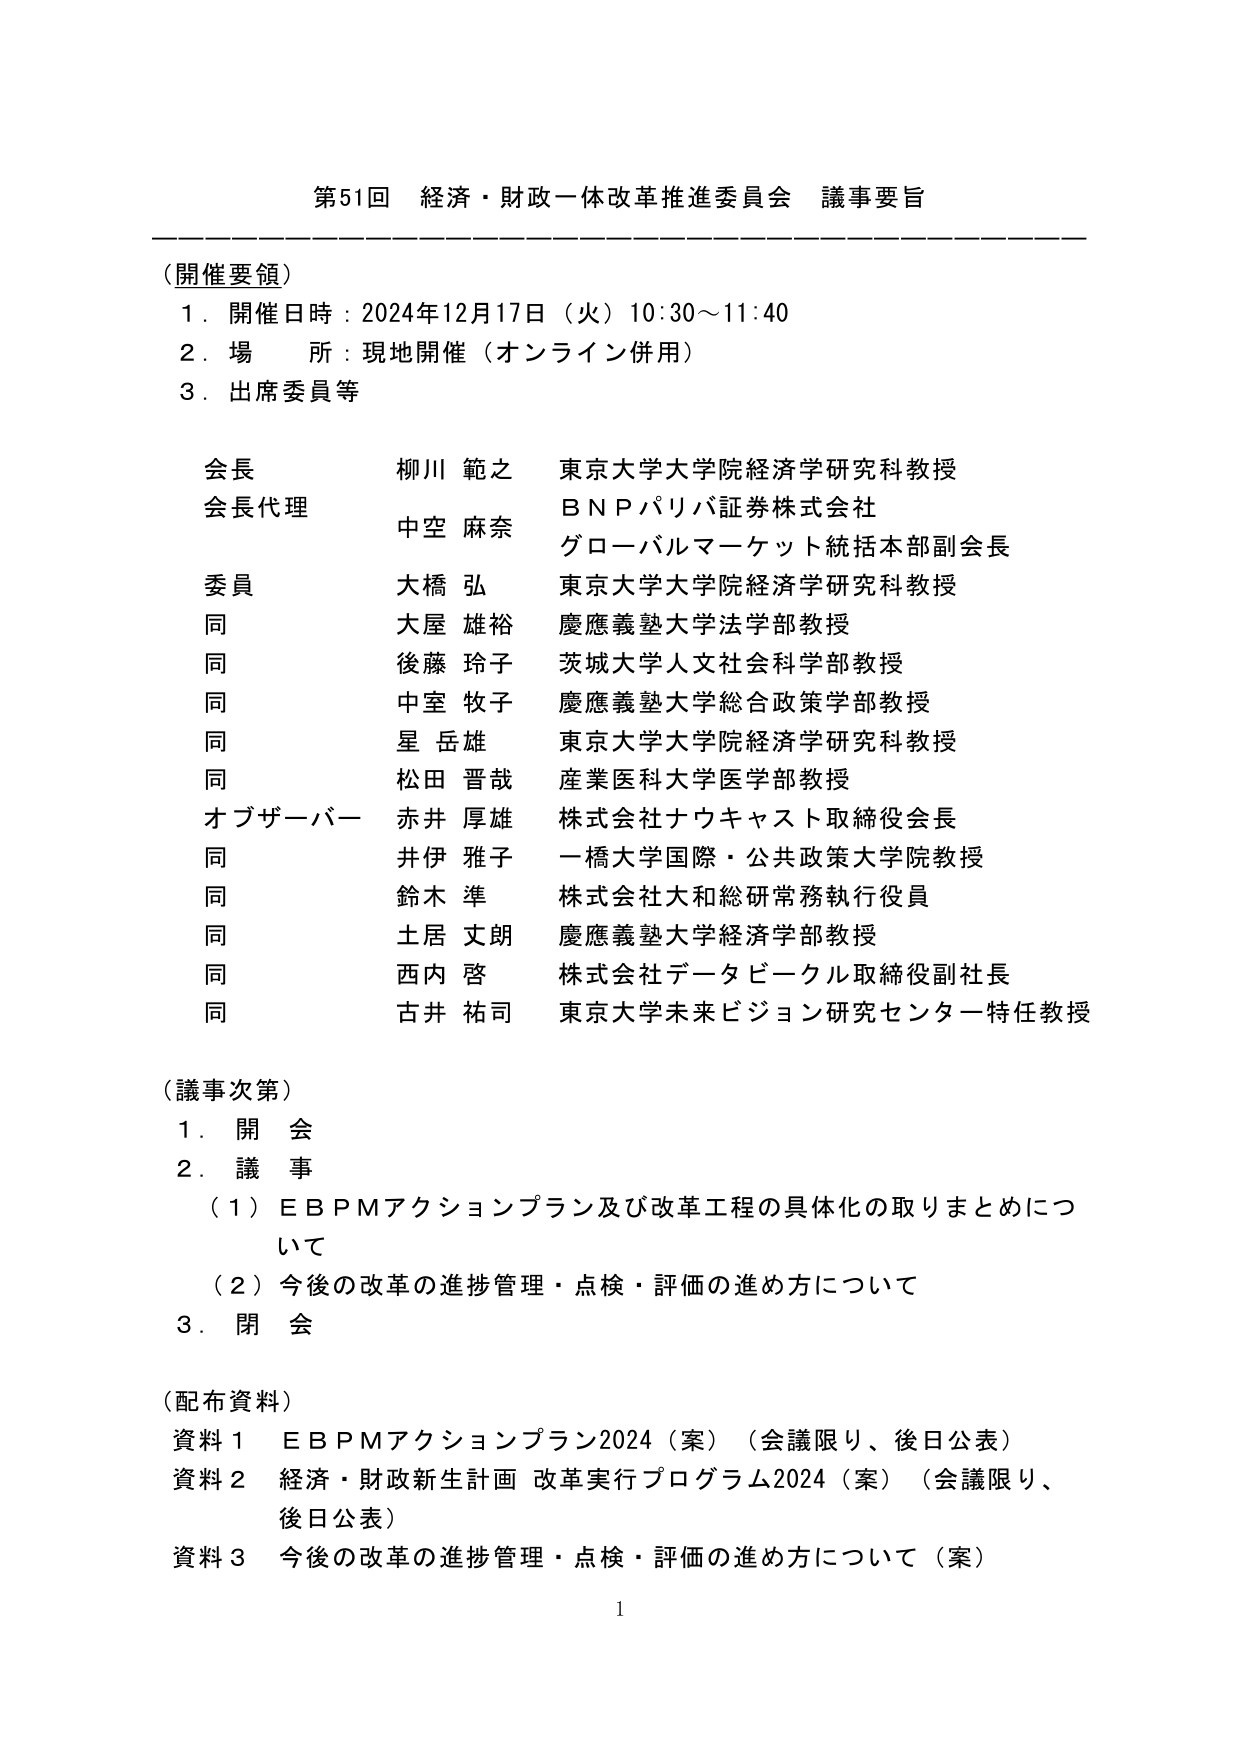
第51回 経済・財政一体改革推進委員会 議事要旨

（開催要領）
1．開催日時：2024年12月17日（火）10:30～11:40
2．場 所：現地開催（オンライン併用）
3．出席委員等

会長 柳川 範之 東京大学大学院経済学研究科教授
会長代理 中空 麻奈 ＢＮＰパリバ証券株式会社
　　　　　　　　　　　グローバルマーケット統括本部副会長
委員 大橋 弘 東京大学大学院経済学研究科教授
同 大屋 雄裕 慶應義塾大学法学部教授
同 後藤 玲子 茨城大学人文社会科学部教授
同 中室 牧子 慶應義塾大学総合政策学部教授
同 星 岳雄 東京大学大学院経済学研究科教授
同 松田 晋哉 産業医科大学医学部教授
オブザーバー 赤井 厚雄 株式会社ナウキャスト取締役会長
同 井伊 雅子 一橋大学国際・公共政策大学院教授
同 鈴木 準 株式会社大和総研常務執行役員
同 土居 丈朗 慶應義塾大学経済学部教授
同 西内 啓 株式会社データビーグル取締役副社長
同 古井 祐司 東京大学未来ビジョン研究センター特任教授

（議事次第）
1．開 会
2．議 事
　（1）ＥＢＰＭアクションプラン及び改革工程の具体化の取りまとめについて
　（2）今後の改革の進捗管理・点検・評価の進め方について
3．閉 会

（配布資料）
資料1 ＥＢＰＭアクションプラン2024（案）（会議限り、後日公表）
資料2 経済・財政新生計画 改革実行プログラム2024（案）（会議限り、後日公表）
資料3 今後の改革の進捗管理・点検・評価の進め方について（案）

1